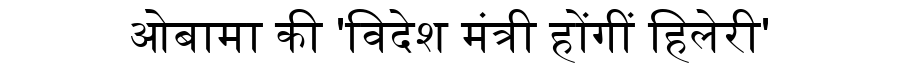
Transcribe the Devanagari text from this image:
ओबामा की 'विदेश मंत्री होंगीं हिलेरी'